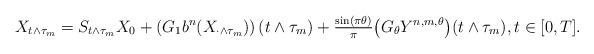
LaTeX: \begin{align*}X_{t \wedge \tau_m} = S_{t \wedge \tau_m} X_0 + \left(G_1 b^{n} (X_{\cdot \wedge \tau_m})\right)(t \wedge \tau_m) + \tfrac{\sin(\pi \theta)}{\pi} \big(G_\theta Y^{n, m, \theta}\big)(t \wedge \tau_m),t \in [0, T].\end{align*}